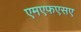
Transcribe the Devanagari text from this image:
एमएफएसए